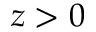
z > 0